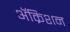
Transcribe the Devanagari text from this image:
ॲक्रिशन